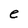
Character: e